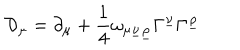
{ \cal D } _ { \mu } = \partial _ { \mu } + { \frac { 1 } { 4 } } \omega _ { \mu \underline { { { \nu } } } \underline { { { \rho } } } } \Gamma ^ { \underline { { { \nu } } } } \Gamma ^ { \underline { { { \rho } } } }